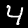
Label: 4